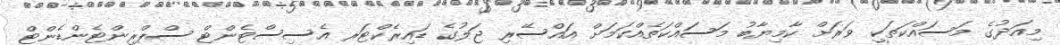
މިއަދުގެ މަސައްކަތަކީ ވަރަށް ކާމިޔާބު މަސައްކަތެއްކަމަށް އައްސޭރި ޖަލުގެ ޑައިރެކްޓަރ އެސިސްޓެންޓް ސްޕްރިންޓެންޑެންޓް